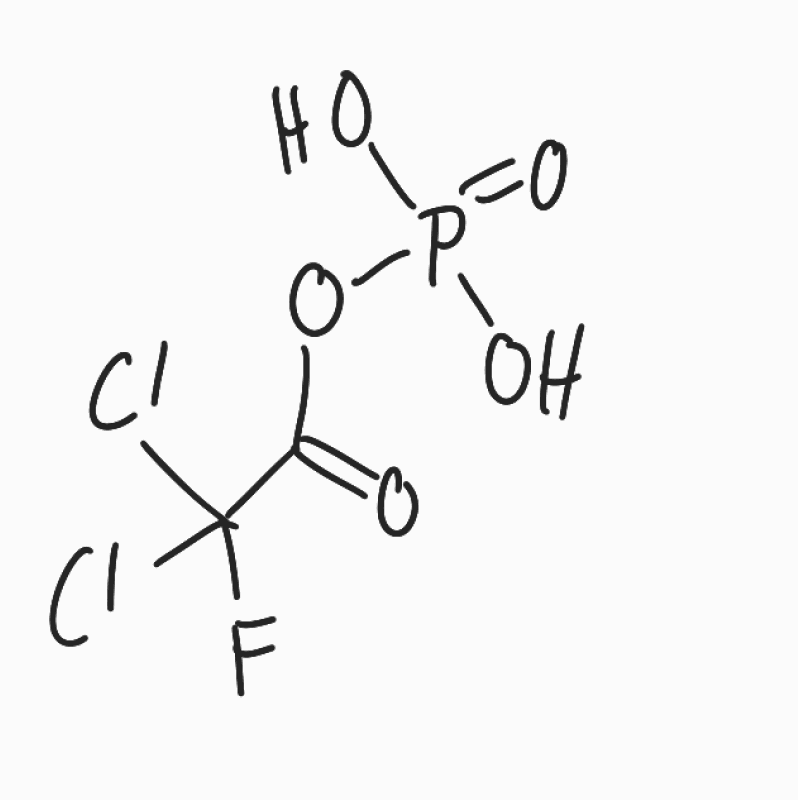
Simplified molecular-input line-entry system (SMILES) notation of the given molecule:
C(=O)(C(F)(Cl)Cl)OP(=O)(O)O